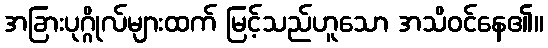
အခြားပုဂ္ဂိုလ်များထက် မြင့်သည်ဟူသော အသိဝင်နေ၏။